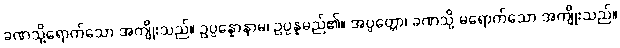
ခဏသို့ရောက်သော အကျိုးသည်။ ဥပ္ပန္နောနာမ၊ ဥပ္ပန္နမည်၏။ အပ္ပတ္တော၊ ခဏသို့ မရောက်သော အကျိုးသည်။